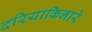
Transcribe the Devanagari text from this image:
दरियाकिनारे